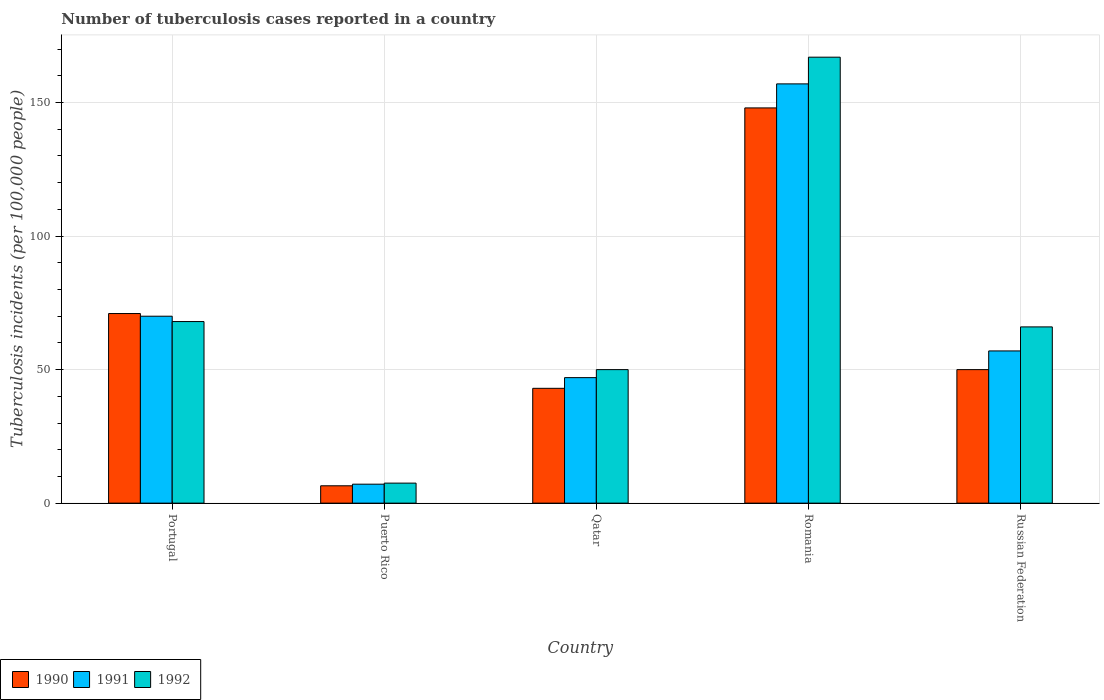
| Country | 1990 | 1991 | 1992 |
 | --- | --- | --- | --- |
 | Portugal | 71 | 70 | 68 |
 | Puerto Rico | 6.5 | 7.1 | 7.5 |
 | Qatar | 43 | 47 | 50 |
 | Romania | 148 | 157 | 167 |
 | Russian Federation | 50 | 57 | 66 |